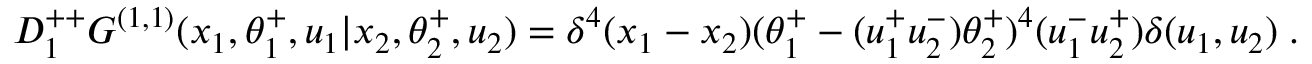
D _ { 1 } ^ { + + } G ^ { ( 1 , 1 ) } ( x _ { 1 } , \theta _ { 1 } ^ { + } , u _ { 1 } \vert x _ { 2 } , \theta _ { 2 } ^ { + } , u _ { 2 } ) = \delta ^ { 4 } ( x _ { 1 } - x _ { 2 } ) ( \theta _ { 1 } ^ { + } - ( u _ { 1 } ^ { + } u _ { 2 } ^ { - } ) \theta _ { 2 } ^ { + } ) ^ { 4 } ( u _ { 1 } ^ { - } u _ { 2 } ^ { + } ) \delta ( u _ { 1 } , u _ { 2 } ) \; .